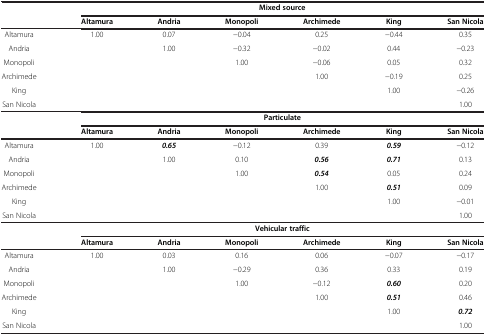
<table><thead><tr><td><b> </b></td><td colspan="6"><b>Mixed source</b></td></tr><tr><td><b> </b></td><td><b>Altamura</b></td><td><b>Andria</b></td><td><b>Monopoli</b></td><td><b>Archimede</b></td><td><b>King</b></td><td><b>San Nicola</b></td></tr></thead><tbody><tr><td>Altamura</td><td>1.00</td><td>0.07</td><td>-0.04</td><td>0.25</td><td>-0.44</td><td>0.35</td></tr><tr><td>Andria</td><td> </td><td>1.00</td><td>-0.32</td><td>-0.02</td><td>0.44</td><td>-0.23</td></tr><tr><td>Monopoli</td><td> </td><td> </td><td>1.00</td><td>-0.06</td><td>0.05</td><td>0.32</td></tr><tr><td>Archimede</td><td> </td><td> </td><td> </td><td>1.00</td><td>-0.19</td><td>0.25</td></tr><tr><td>King</td><td> </td><td> </td><td> </td><td> </td><td>1.00</td><td>-0.26</td></tr><tr><td>San Nicola</td><td> </td><td> </td><td> </td><td> </td><td> </td><td>1.00</td></tr><tr><td> </td><td colspan="6"><b>Particulate</b></td></tr><tr><td> </td><td><b>Altamura</b></td><td><b>Andria</b></td><td><b>Monopoli</b></td><td><b>Archimede</b></td><td><b>King</b></td><td><b>San Nicola</b></td></tr><tr><td>Altamura</td><td>1.00</td><td><b><i>0.65</i></b></td><td>-0.12</td><td>0.39</td><td><b><i>0.59</i></b></td><td>-0.12</td></tr><tr><td>Andria</td><td> </td><td>1.00</td><td>0.10</td><td><b><i>0.56</i></b></td><td><b><i>0.71</i></b></td><td>0.13</td></tr><tr><td>Monopoli</td><td> </td><td> </td><td>1.00</td><td><b><i>0.54</i></b></td><td>0.05</td><td>0.24</td></tr><tr><td>Archimede</td><td> </td><td> </td><td> </td><td>1.00</td><td><b><i>0.51</i></b></td><td>0.09</td></tr><tr><td>King</td><td> </td><td> </td><td> </td><td> </td><td>1.00</td><td>-0.01</td></tr><tr><td>San Nicola</td><td> </td><td> </td><td> </td><td> </td><td> </td><td>1.00</td></tr><tr><td> </td><td colspan="6"><b>Vehicular traffic</b></td></tr><tr><td> </td><td><b>Altamura</b></td><td><b>Andria</b></td><td><b>Monopoli</b></td><td><b>Archimede</b></td><td><b>King</b></td><td><b>San Nicola</b></td></tr><tr><td>Altamura</td><td>1.00</td><td>0.03</td><td>0.16</td><td>0.06</td><td>-0.07</td><td>-0.17</td></tr><tr><td>Andria</td><td> </td><td>1.00</td><td>-0.29</td><td>0.36</td><td>0.33</td><td>0.19</td></tr><tr><td>Monopoli</td><td> </td><td> </td><td>1.00</td><td>-0.12</td><td><b><i>0.60</i></b></td><td>0.20</td></tr><tr><td>Archimede</td><td> </td><td> </td><td> </td><td>1.00</td><td><b><i>0.51</i></b></td><td>0.46</td></tr><tr><td>King</td><td> </td><td> </td><td> </td><td> </td><td>1.00</td><td><b><i>0.72</i></b></td></tr><tr><td>San Nicola</td><td> </td><td> </td><td> </td><td> </td><td> </td><td>1.00</td></tr></tbody></table>